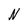
Character: N